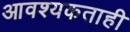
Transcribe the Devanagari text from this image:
आवश्यकताही